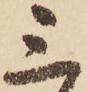
三